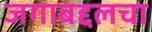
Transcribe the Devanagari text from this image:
जगाबद्दलचा